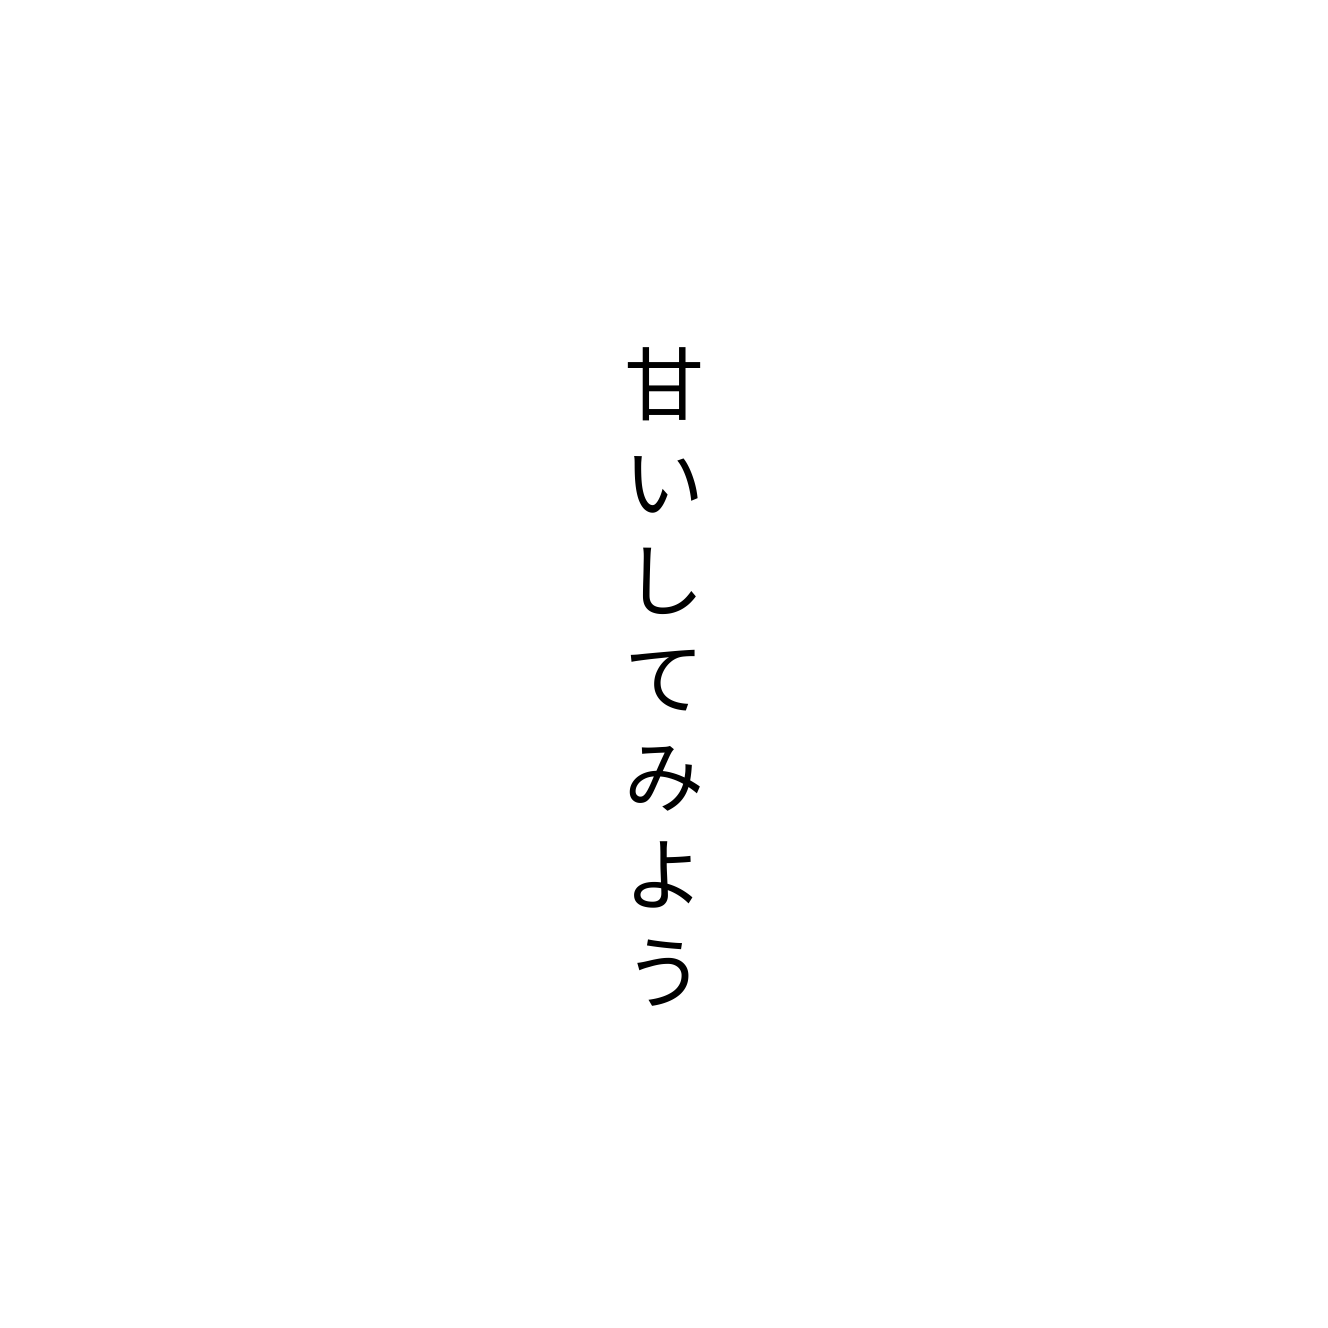
甘いしてみよう